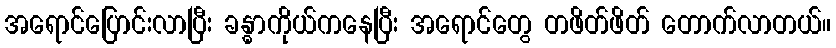
အရောင်ပြောင်းလာပြီး ခန္ဓာကိုယ်ကနေပြီး အရောင်တွေ တဖိတ်ဖိတ် တောက်လာတယ်။